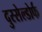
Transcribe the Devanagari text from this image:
दुस्सेल्डोर्फ